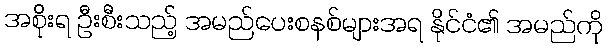
အစိုးရ ဦးစီးသည့် အမည်ပေးစနစ်များအရ နိုင်ငံ၏ အမည်ကို